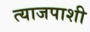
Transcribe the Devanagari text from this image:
त्याजपाशी